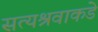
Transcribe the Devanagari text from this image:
सत्यश्रवाकडे